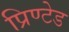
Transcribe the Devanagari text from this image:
प्रिण्टेड